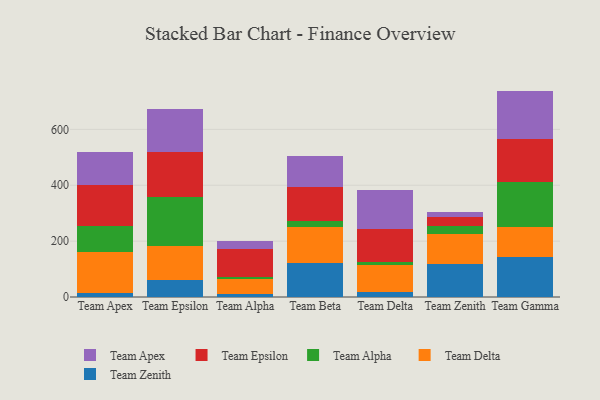
{"axis": {"x": "Team", "y": "Backlog"}, "legend": ["Team Alpha", "Team Apex", "Team Delta", "Team Epsilon", "Team Zenith"], "data": [{"x": "Team Apex", "y": 14.4, "type": "Team Zenith"}, {"x": "Team Apex", "y": 145.2, "type": "Team Delta"}, {"x": "Team Apex", "y": 94.4, "type": "Team Alpha"}, {"x": "Team Apex", "y": 148.4, "type": "Team Epsilon"}, {"x": "Team Apex", "y": 115.6, "type": "Team Apex"}, {"x": "Team Epsilon", "y": 59.4, "type": "Team Zenith"}, {"x": "Team Epsilon", "y": 124.4, "type": "Team Delta"}, {"x": "Team Epsilon", "y": 173.1, "type": "Team Alpha"}, {"x": "Team Epsilon", "y": 162.9, "type": "Team Epsilon"}, {"x": "Team Epsilon", "y": 151.9, "type": "Team Apex"}, {"x": "Team Alpha", "y": 11.6, "type": "Team Zenith"}, {"x": "Team Alpha", "y": 51.5, "type": "Team Delta"}, {"x": "Team Alpha", "y": 9.3, "type": "Team Alpha"}, {"x": "Team Alpha", "y": 100.8, "type": "Team Epsilon"}, {"x": "Team Alpha", "y": 26.9, "type": "Team Apex"}, {"x": "Team Beta", "y": 121.5, "type": "Team Zenith"}, {"x": "Team Beta", "y": 129.1, "type": "Team Delta"}, {"x": "Team Beta", "y": 22.3, "type": "Team Alpha"}, {"x": "Team Beta", "y": 119.2, "type": "Team Epsilon"}, {"x": "Team Beta", "y": 113.3, "type": "Team Apex"}, {"x": "Team Delta", "y": 17.8, "type": "Team Zenith"}, {"x": "Team Delta", "y": 95.0, "type": "Team Delta"}, {"x": "Team Delta", "y": 11.4, "type": "Team Alpha"}, {"x": "Team Delta", "y": 118.0, "type": "Team Epsilon"}, {"x": "Team Delta", "y": 140.3, "type": "Team Apex"}, {"x": "Team Zenith", "y": 119.8, "type": "Team Zenith"}, {"x": "Team Zenith", "y": 104.3, "type": "Team Delta"}, {"x": "Team Zenith", "y": 29.9, "type": "Team Alpha"}, {"x": "Team Zenith", "y": 30.9, "type": "Team Epsilon"}, {"x": "Team Zenith", "y": 19.6, "type": "Team Apex"}, {"x": "Team Gamma", "y": 144.1, "type": "Team Zenith"}, {"x": "Team Gamma", "y": 107.4, "type": "Team Delta"}, {"x": "Team Gamma", "y": 161.7, "type": "Team Alpha"}, {"x": "Team Gamma", "y": 151.6, "type": "Team Epsilon"}, {"x": "Team Gamma", "y": 173.1, "type": "Team Apex"}]}